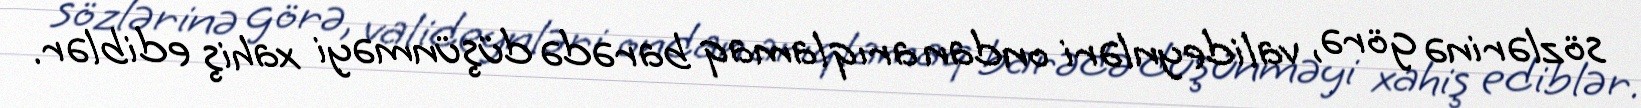
sözlərinə görə, valideynləri ondan arıqlamaq barədə düşünməyi xahiş ediblər.